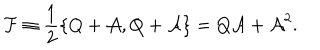
\mathcal { F } \equiv \frac { 1 } { 2 } \{ Q + \mathcal { A } , Q + \mathcal { A } \} = Q \mathcal { A } + \mathcal { A } ^ { 2 } .